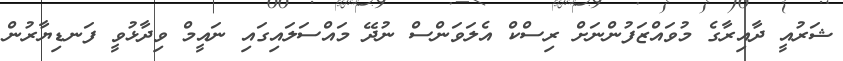
ޝަރުއީ ދާއިރާގެ މުވައްޒަފުންނަށް ރިސްކް އެލަވަންސް ނުދޭ މައްސަލައިގައި ނައީމް ވިދާޅުވީ ފަނޑިޔާރުން